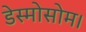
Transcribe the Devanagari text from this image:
डेस्मोसोम।